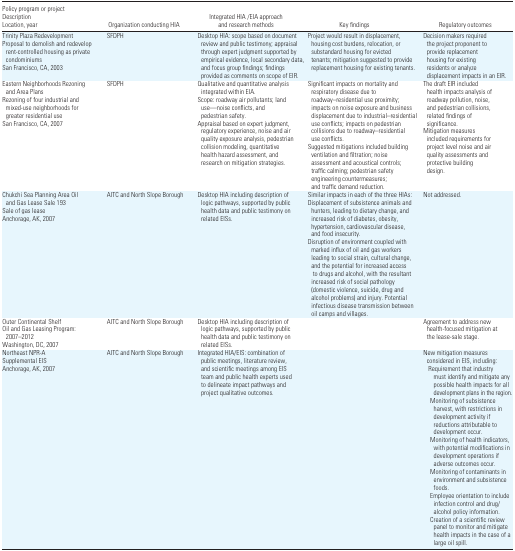
<table><thead><tr><td><b>Policy program or project Description Location, year</b></td><td><b>Organization conducting HIA</b></td><td><b>Integrated HIA /EIA approach and research methods</b></td><td><b>Key findings</b></td><td><b>Regulatory outcomes</b></td></tr></thead><tbody><tr><td>Trinity Plaza Redevelopment Proposal to demolish and redevelop rent-controlled housing as private condominiums San Francisco, CA, 2003</td><td>SFDPH</td><td>Desktop HIA: scope based on document review and public testimony; appraisal through expert judgment supported by empirical evidence, local secondary data, and focus group findings; findings provided as comments on scope of EIR.</td><td>Project would result in displacement, housing cost burdens, relocation, or substandard housing for evicted tenants; mitigation suggested to provide replacement housing for existing tenants.</td><td>Decision makers required the project proponent to provide replacement housing for existing residents or analyze displacement impacts in an EIR.</td></tr><tr><td>Eastern Neighborhoods Rezoning and Area Plans Rezoning of four industrial and mixed-use neighborhoods for greater residential use San Francisco, CA, 2007</td><td>SFDPH</td><td>Qualitative and quantitative analysis integrated within EIA. Scope: roadway air pollutants; land use—noise conflicts, and pedestrian safety. Appraisal based on expert judgment, regulatory experience, noise and air quality exposure analysis, pedestrian collision modeling, quantitative health hazard assessment, and research on mitigation strategies.</td><td>Significant impacts on mortality and respiratory disease due to roadway–residential use proximity; impacts on noise exposure and business displacement due to industrial–residential use conflicts; impacts on pedestrian collisions due to roadway–residential use conflicts. Suggested mitigations included building ventilation and filtration; noise assessment and acoustical controls; traffic calming; pedestrian safety engineering countermeasures; and traffic demand reduction.</td><td>The draft EIR included health impacts analysis of roadway pollution, noise, and pedestrian collisions, related findings of significance. Mitigation measures included requirements for project level noise and air quality assessments and protective building design.</td></tr><tr><td>Chukchi Sea Planning Area Oil and Gas Lease Sale 193 Sale of gas lease Anchorage, AK, 2007</td><td>AITC and North Slope Borough</td><td>Desktop HIA including description of logic pathways, supported by public health data and public testimony on related EISs.</td><td>Similar impacts in each of the three HIAs: Displacement of subsistence animals and hunters, leading to dietary change, and increased risk of diabetes, obesity, hypertension, cardiovascular disease, and food insecurity. Disruption of environment coupled with marked influx of oil and gas workers leading to social strain, cultural change, and the potential for increased access to drugs and alcohol, with the resultant increased risk of social pathology(domestic violence, suicide, drug and alcohol problems) and injury. Potential infectious disease transmission between oil camps and villages.</td><td>Not addressed.</td></tr><tr><td>Outer Continental Shelf Oil and Gas Leasing Program: 2007–2012 Washington, DC, 2007</td><td>AITC and North Slope Borough</td><td>Desktop HIA including description of logic pathways, supported by public health data and public testimony on related EISs.</td><td>[EMPTY_CELL]</td><td>Agreement to address new health-focused mitigation at the lease-sale stage.</td></tr><tr><td>Northeast NPR-A Supplemental EIS Anchorage, AK, 2007</td><td>AITC and North Slope Borough</td><td>Integrated HIA/EIS: combination of public meetings, literature review, and scientific meetings among EIS team and public health experts used to delineate impact pathways and project qualitative outcomes.</td><td>[EMPTY_CELL]</td><td>New mitigation measures considered in EIS, including:Requirement that industry must identify and mitigate any possible health impacts for all development plans in the region.Monitoring of subsistence harvest, with restrictions in development activity if reductions attributable to development occur.Monitoring of health indicators, with potential modifications in development operations if adverse outcomes occur.Monitoring of contaminants in environment and subsistence foods.Employee orientation to include infection control and drug/alcohol policy information.Creation of a scientific review panel to monitor and mitigate health impacts in the case of a large oil spill.</td></tr></tbody></table>